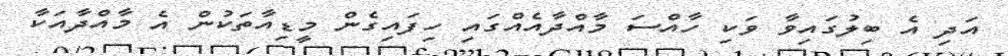
އަދި އެ ބިލުގައިވާ ވަކި ހާއްސަ މާއްދާއެއްގައި ހިފައިގެން މީޑިއާތަކުން އެ މާއްދާއަކާ